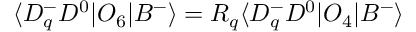
\langle D _ { q } ^ { - } D ^ { 0 } | O _ { 6 } | B ^ { - } \rangle = R _ { q } \langle D _ { q } ^ { - } D ^ { 0 } | O _ { 4 } | B ^ { - } \rangle